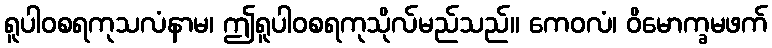
ရူပါဝစရကုသလံနာမ၊ ဤရူပါဝစရကုသိုလ်မည်သည်။ ကေဝလံ၊ ဝိမောက္ခမဖက်